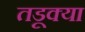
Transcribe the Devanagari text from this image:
तडूक्या